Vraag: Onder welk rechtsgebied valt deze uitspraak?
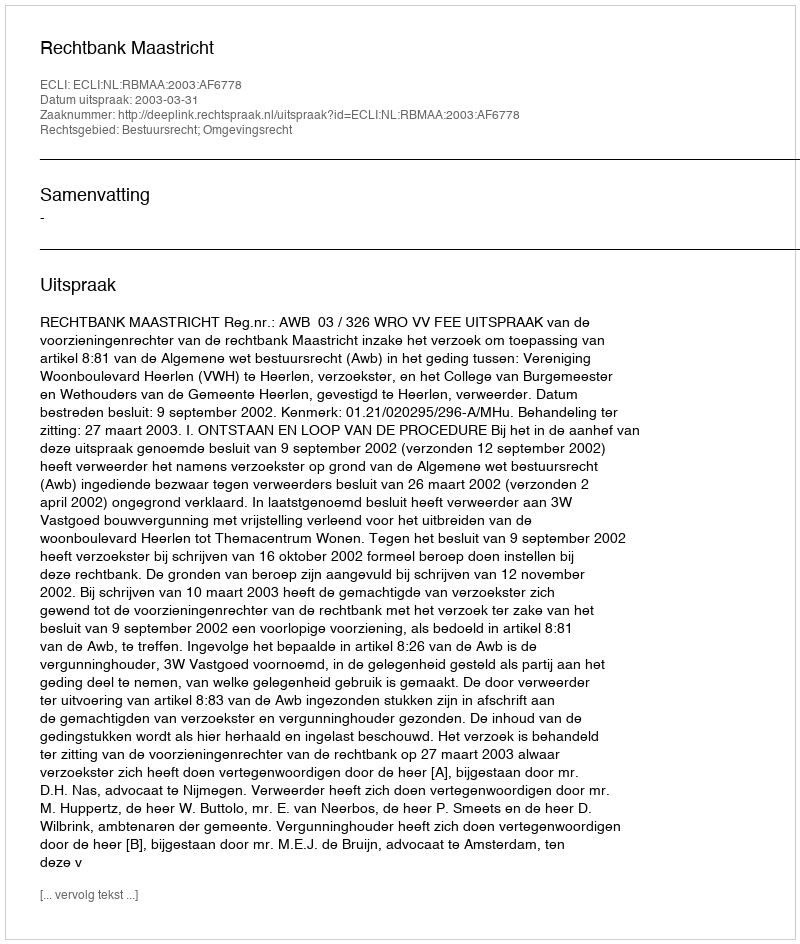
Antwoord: Bestuursrecht; Omgevingsrecht